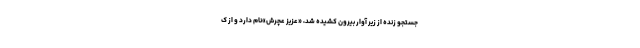
جستجو زنده از زیر آوار بیرون کشیده شد، «عزیز عچرش»نام دارد و از ک